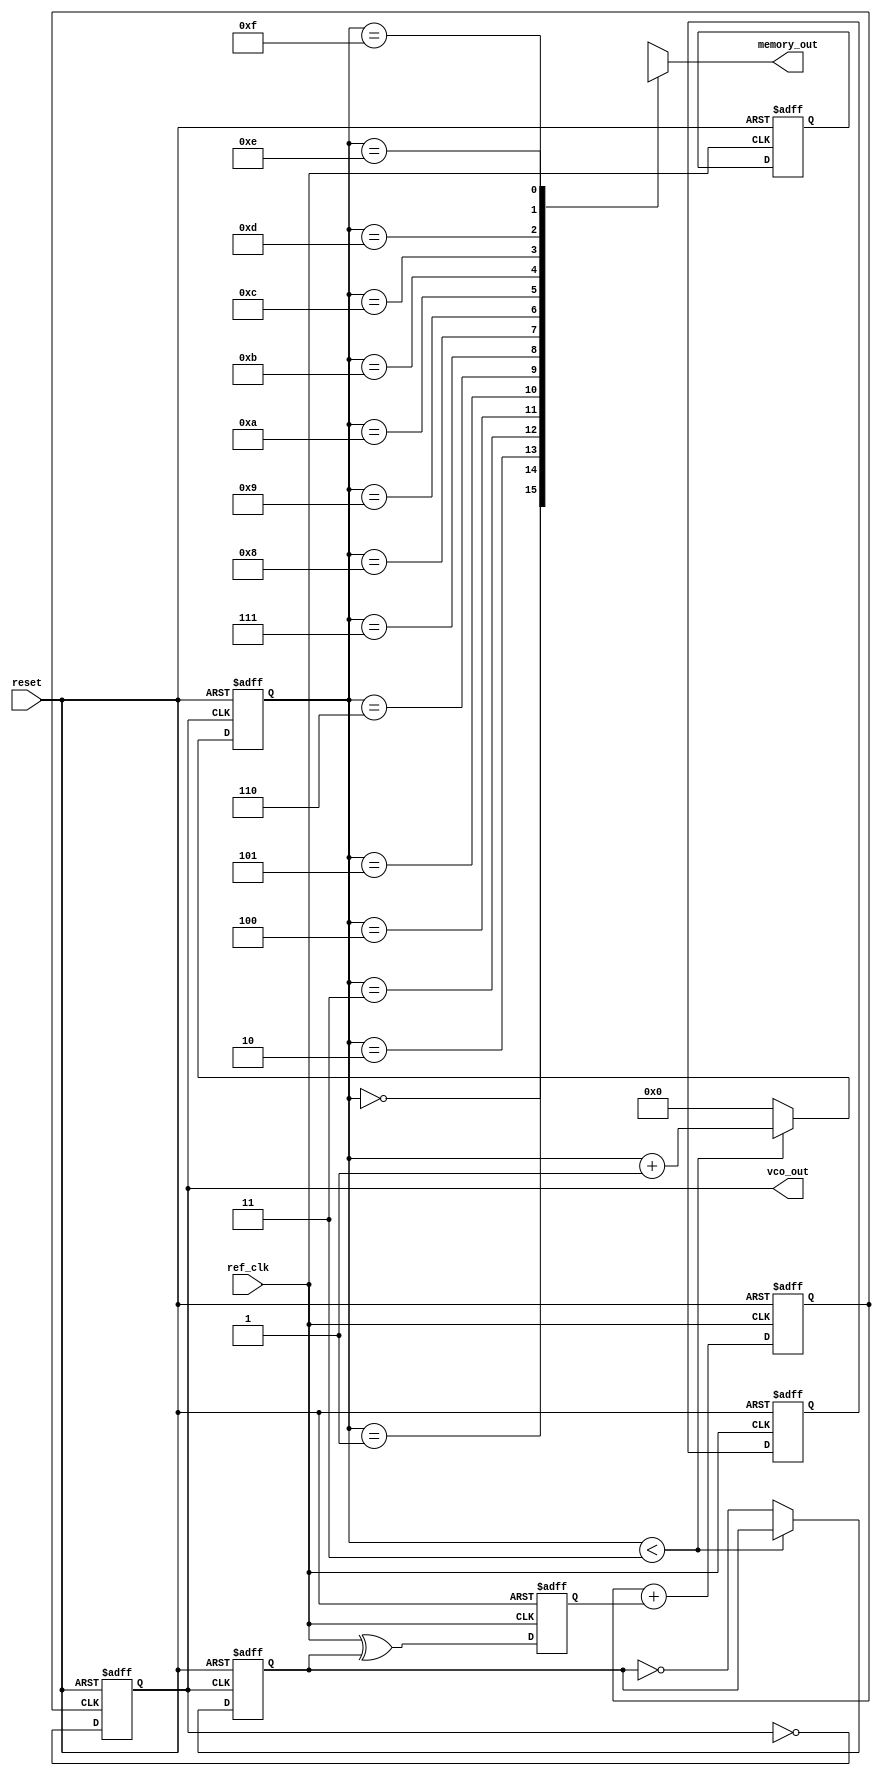
module PLL (
    input wire ref_clk,        // Reference clock input
    input wire reset,          // Reset signal
    output wire vco_out,       // Output of the VCO
    output wire [7:0] memory_out // Memory block output for tuning parameters
);

    // Parameters for the PLL
    parameter DIV_FACTOR = 4; // Divider factor (optional)
    
    // Internal signals
    wire phase_error;         // Phase error signal from PD
    wire control_voltage;     // Control voltage for VCO
    wire feedback_clk;        // Feedback clock after division
    reg [7:0] memory [0:15];  // Memory block for tuning parameters
    reg [3:0] mem_addr;       // Memory address pointer
    reg vco_enable;           // Enable signal for VCO
    reg [7:0] vco_tuning;     // Tuning voltage for VCO

    // Phase Detector (PD) Logic
    always @(posedge ref_clk or posedge reset) begin
        if (reset) begin
            phase_error <= 0; // Reset phase error
        end else begin
            // Simple phase error detection logic (this is a placeholder)
            phase_error <= ref_clk ^ feedback_clk; // XOR for phase detection
        end
    end

    // Loop Filter (LF) Logic (simple first-order filter for demonstration)
    always @(posedge ref_clk or posedge reset) begin
        if (reset) begin
            control_voltage <= 0; // Reset control voltage
        end else begin
            control_voltage <= control_voltage + phase_error; // Integrate phase error
        end
    end

    // Voltage-Controlled Oscillator (VCO) Logic (simple model)
    always @(posedge control_voltage or posedge reset) begin
        if (reset) begin
            vco_out <= 0; // Reset VCO output
        end else begin
            // Simple oscillator behavior (placeholder)
            vco_out <= ~vco_out; // Toggle output
        end
    end

    // Frequency Divider Logic (optional)
    always @(posedge vco_out or posedge reset) begin
        if (reset) begin
            feedback_clk <= 0; // Reset feedback clock
            mem_addr <= 0;     // Reset memory address
        end else if (mem_addr < DIV_FACTOR-1) begin
            mem_addr <= mem_addr + 1;
        end else begin
            feedback_clk <= ~feedback_clk; // Divide frequency
            mem_addr <= 0;
        end
    end

    // Memory Block Logic
    always @(posedge ref_clk or posedge reset) begin
        if (reset) begin
            // Initialize memory with some values (example)
            memory[0] <= 8'hFF; // Example tuning parameter
            memory[1] <= 8'hAA; // Example tuning parameter
            // Initialize other memory locations as needed
        end
    end

    // Output memory data (for demonstration)
    assign memory_out = memory[mem_addr];

endmodule